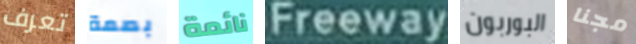
تعرف بصمة نائمة Freeway البوربون مجنا